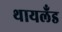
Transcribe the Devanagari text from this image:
थायलँड